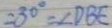
= 3 0 ^ { \circ } = \angle D B E